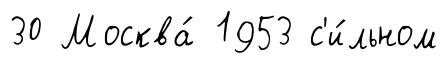
30 Москва́ 1953 с'и́льном